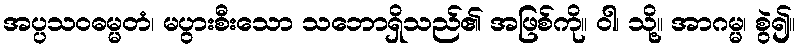
အပ္ပသဝဓမ္မတံ၊ မပွားစီးသော သဘောရှိသည်၏ အဖြစ်ကို။ ဝါ၊ သို့။ အာဂမ္မ၊ စွဲ၍။